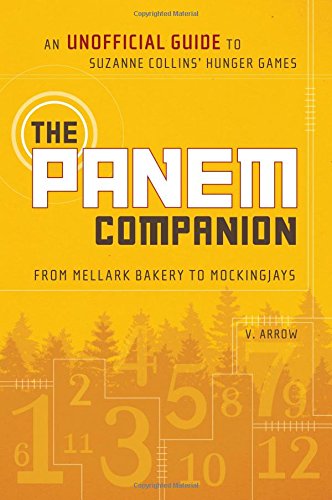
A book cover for The Panem Companion: An Unofficial Guide to Suzanne Collins' Hunger Games, From Mellark Bakery to Mockingjays; V. Arrow; Science Fiction & Fantasy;